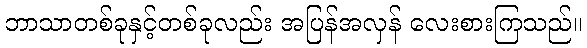
ဘာသာတစ်ခုနှင့်တစ်ခုလည်း အပြန်အလှန် လေးစားကြသည်။